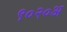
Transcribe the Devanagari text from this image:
९०२०अ